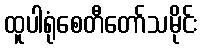
ထူပါရုံစေတီတော်သမိုင်း